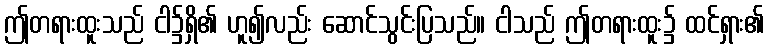
ဤတရားထူးသည် ငါ၌ရှိ၏ ဟူ၍လည်း ဆောင်သွင်းပြသည်။ ငါသည် ဤတရားထူး၌ ထင်ရှား၏